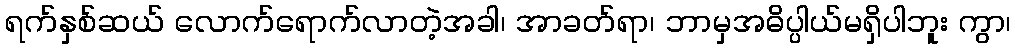
ရက်နှစ်ဆယ် လောက်ရောက်လာတဲ့အခါ၊ အာခတ်ရာ၊ ဘာမှအဓိပ္ပါယ်မရှိပါဘူး ကွာ၊